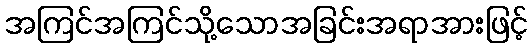
အကြင်အကြင်သို့သောအခြင်းအရာအားဖြင့်